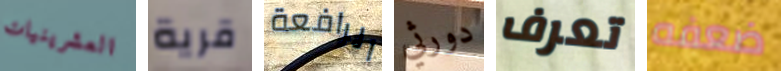
العشرينيات قرية الرافعة دورثي تعرف ضعفه